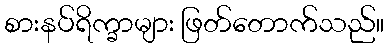
စားနပ်ရိက္ခာများ ဖြတ်တောက်သည်။